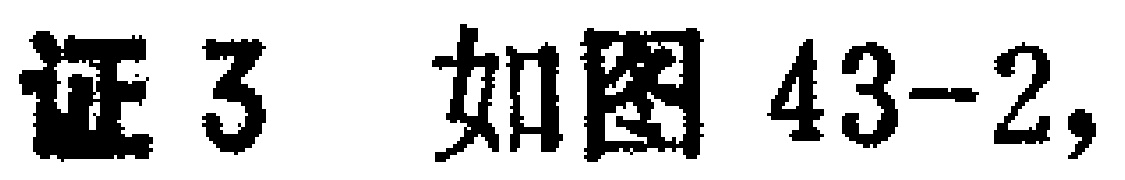
证3 如图43-2,